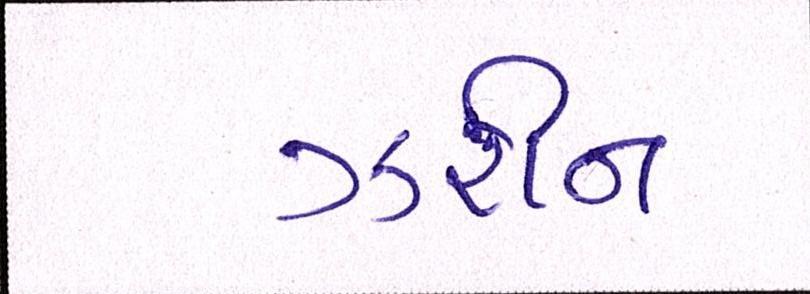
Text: ઝરીન